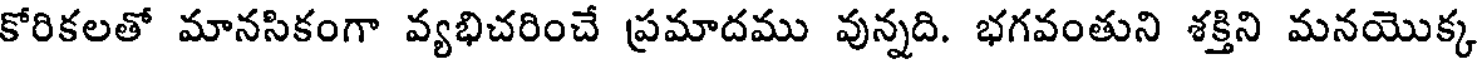
కోరికలతో మానసికంగా వ్యభిచరించే ప్రమాదము వున్నది. భగవంతుని శక్తిని మనయొక్క